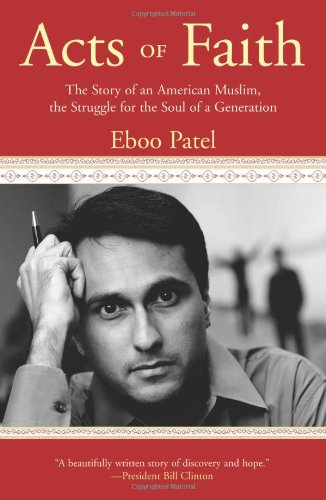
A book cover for Acts of Faith: The Story of an American Muslim, in the Struggle for the Soul of a Generation; Eboo Patel; Religion & Spirituality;